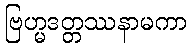
ဗြဟ္မဒတ္တဿနာမကာ